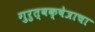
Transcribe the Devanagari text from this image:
गुरुत्वक्षेत्राचा